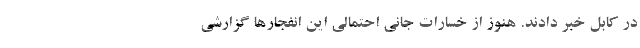
در کابل خبر دادند. هنوز از خسارات جانی احتمالی این انفجارها گزارشی